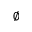
\varnothing